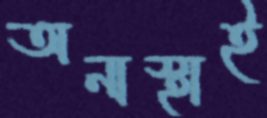
অনাস্থাই